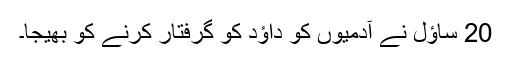
20 ساؤل نے آدمیوں کو داؤد کو گرفتار کرنے کو بھیجا۔